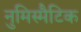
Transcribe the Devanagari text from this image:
नुमिस्मैटिक